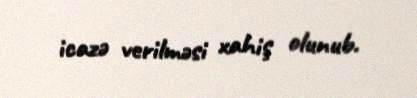
icazə verilməsi xahiş olunub.